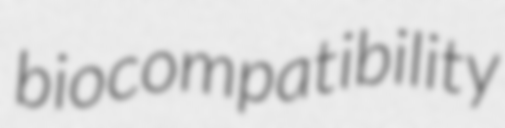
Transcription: biocompatibility